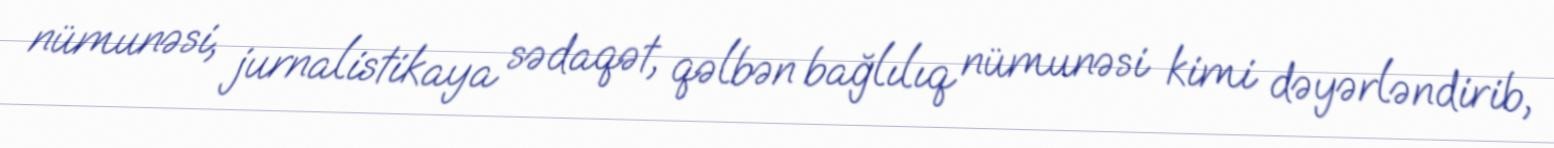
nümunəsi, jurnalistikaya sədaqət, qəlbən bağlılıq nümunəsi kimi dəyərləndirib,